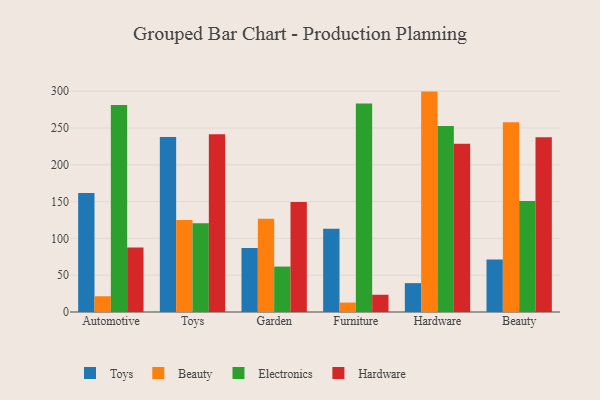
{"axis": {"x": "Category", "y": "Shipments"}, "legend": ["Beauty", "Electronics", "Hardware", "Toys"], "data": [{"x": "Automotive", "y": 161.5, "type": "Toys"}, {"x": "Automotive", "y": 21.4, "type": "Beauty"}, {"x": "Automotive", "y": 281.1, "type": "Electronics"}, {"x": "Automotive", "y": 87.5, "type": "Hardware"}, {"x": "Toys", "y": 237.6, "type": "Toys"}, {"x": "Toys", "y": 125.0, "type": "Beauty"}, {"x": "Toys", "y": 120.6, "type": "Electronics"}, {"x": "Toys", "y": 241.6, "type": "Hardware"}, {"x": "Garden", "y": 86.9, "type": "Toys"}, {"x": "Garden", "y": 126.6, "type": "Beauty"}, {"x": "Garden", "y": 61.7, "type": "Electronics"}, {"x": "Garden", "y": 149.4, "type": "Hardware"}, {"x": "Furniture", "y": 113.1, "type": "Toys"}, {"x": "Furniture", "y": 12.8, "type": "Beauty"}, {"x": "Furniture", "y": 283.4, "type": "Electronics"}, {"x": "Furniture", "y": 23.4, "type": "Hardware"}, {"x": "Hardware", "y": 39.2, "type": "Toys"}, {"x": "Hardware", "y": 299.4, "type": "Beauty"}, {"x": "Hardware", "y": 252.7, "type": "Electronics"}, {"x": "Hardware", "y": 228.4, "type": "Hardware"}, {"x": "Beauty", "y": 71.4, "type": "Toys"}, {"x": "Beauty", "y": 257.6, "type": "Beauty"}, {"x": "Beauty", "y": 150.8, "type": "Electronics"}, {"x": "Beauty", "y": 237.5, "type": "Hardware"}]}